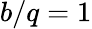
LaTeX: b/q=1